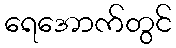
ရေအောက်တွင်